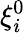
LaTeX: \xi_{i}^{0}